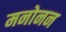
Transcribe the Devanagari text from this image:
मनोनन